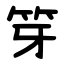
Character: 笌